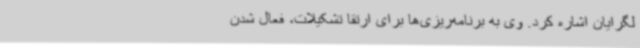
لگرایان اشاره کرد. وی به برنامه‌ریزی‌ها برای ارتقا تشکیلات، فعال شدن